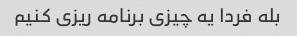
بله فردا یه چیزی برنامه ریزی کنیم